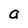
Character: a